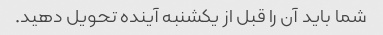
شما باید آن را قبل از یکشنبه آینده تحویل دهید.